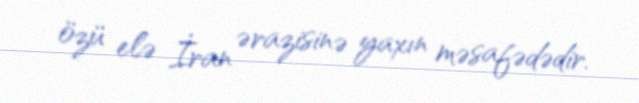
özü elə İran ərazisinə yaxın məsafədədir.